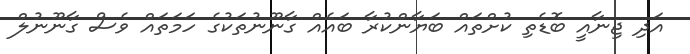
އަދި ޖިނާއީ ބޮޑެތި ކުށްތައް ބަޔާންކުރާ ބައެއް ގާނޫނުތަކުގެ ހަމަތައް ވެސް ގާނޫނުލް